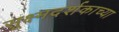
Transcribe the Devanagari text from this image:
सूक्ष्मदर्शकाच्या